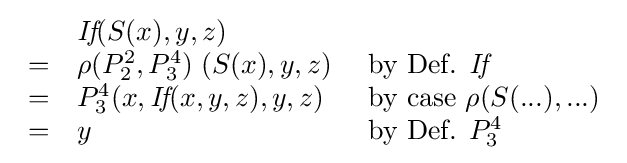
{\begin{array}{lll}&{\textit {If}}(S(x),y,z)\\=&\rho (P_{2}^{2},P_{3}^{4})\;(S(x),y,z)&{\text{ by Def. }}{\textit {If}}\\=&P_{3}^{4}(x,{\textit {If}}(x,y,z),y,z)&{\text{ by case }}\rho (S(...),...)\\=&y&{\text{ by Def. }}P_{3}^{4}\\\end{array}}